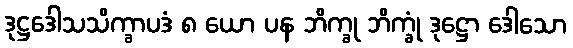
ဒုဋ္ဌဒေါသသိက္ခာပဒံ ၈ ယော ပန ဘိက္ခု ဘိက္ခုံ ဒုဋ္ဌော ဒေါသော